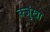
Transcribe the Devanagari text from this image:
क्जुंखा